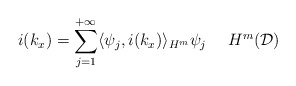
\begin{align*}i(k_x) = \sum_{j=1}^{+\infty} \langle \psi_j,i(k_x)\rangle_{H^m} \psi_j \ \ \ \ H^m(\mathcal{D})\end{align*}